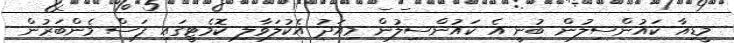
މީޑިއާ ކައުންސިލުން ބުނީ އެ ކައުންސިލުން މިއަދު އެކުލަވާލި ކޮމެޓީގައި ފަސް މެންބަރުން